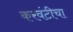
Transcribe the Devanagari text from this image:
करवंटीचा